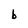
Character: b